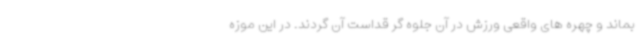
بماند و چهره های واقعی ورزش در آن جلوه گر قداست آن گردند. در این موزه